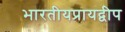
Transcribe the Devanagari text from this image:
भारतीयप्रायद्वीप